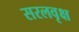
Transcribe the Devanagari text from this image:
सरलवृक्ष